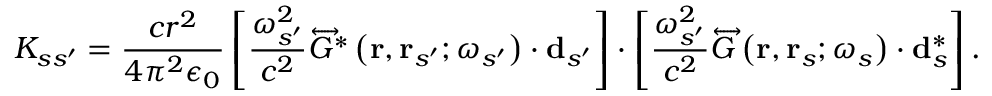
K _ { s s ^ { \prime } } = \frac { c r ^ { 2 } } { 4 \pi ^ { 2 } \epsilon _ { 0 } } \left[ \frac { \omega _ { s ^ { \prime } } ^ { 2 } } { c ^ { 2 } } \overleftrightarrow { G } ^ { * } \left( \mathbf { r } , \mathbf { r } _ { s ^ { \prime } } ; \omega _ { s ^ { \prime } } \right) \cdot \mathbf { d } _ { s ^ { \prime } } \right] \cdot \left[ \frac { \omega _ { s ^ { \prime } } ^ { 2 } } { c ^ { 2 } } \overleftrightarrow { G } \left( \mathbf { r } , \mathbf { r } _ { s } ; \omega _ { s } \right) \cdot \mathbf { d } _ { s } ^ { * } \right] .